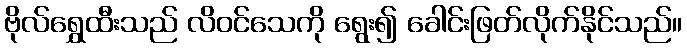
ဗိုလ်ရွှေထီးသည် လိဝင်သေကို ရွေး၍ ခေါင်းဖြတ်လိုက်နိုင်သည်။